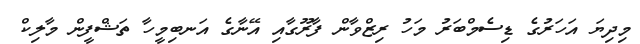
މިދިޔަ އަހަރުގެ ޑިސެމްބަރު މަހު ރިޒްވާން ފާރޫގާއި އޭނާގެ އަނބިމީހާ ތަޝްފީން މާލިކް